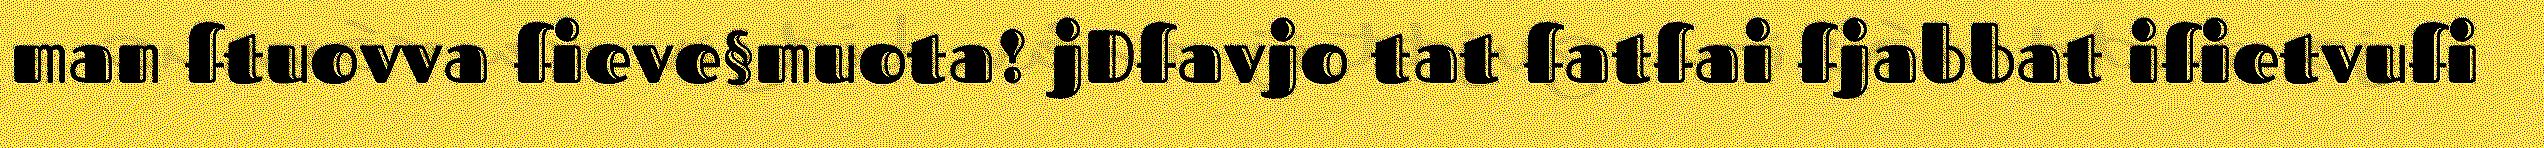
man ftuovva fieve§muota! jDfavjo tat fatfai fjabbat ifietvufi